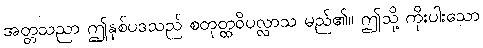
အတ္တသညာ ဤနှစ်ပဒသည် စတုတ္ထဝိပလ္လာသ မည်၏။ ဤသို့ ကိုးပါးသော